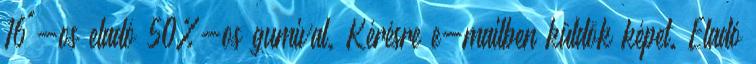
16"-os eladó 50%-os gumival. Kérésre e-mailben küldök képet. Eladó